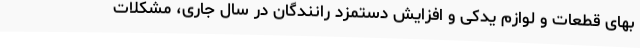
بهای قطعات و لوازم یدکی و افزایش دستمزد رانندگان در سال جاری، مشکلات